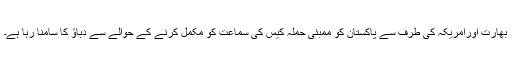
بھارت اورامریکہ کی طرف سے پاکستان کو ممبئی حملہ کیس کی سماعت کو مکمل کرنے کے حوالے سے دباؤ کا سامنا رہا ہے۔